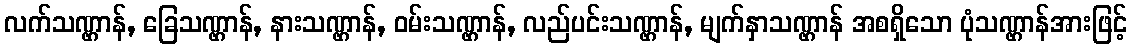
လက်သဏ္ဌာန်, ခြေသဏ္ဌာန်, နားသဏ္ဌာန်, ဝမ်းသဏ္ဌာန်, လည်ပင်းသဏ္ဌာန်, မျက်နှာသဏ္ဌာန် အစရှိသော ပုံသဏ္ဌာန်အားဖြင့်